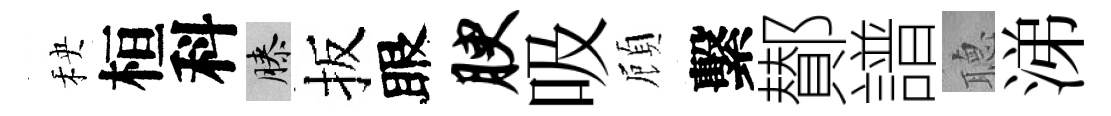
秧桓科膝扳眼腴吸頋繫鄼譜𦗟涕